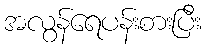
အလွန်ရေပန်းစားပြီး